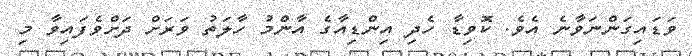
ވަޑައިގަންނަވާނެ އެވެ. ކޮވިޑާ ހެދި އިންޑިއާގެ އާންމު ހާލަތު ވަރަށް ދަށްވެފައިވާ މި